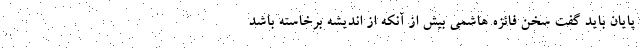
پایان باید گفت سخن فائزه هاشمی بیش از آنکه از اندیشه برخاسته باشد